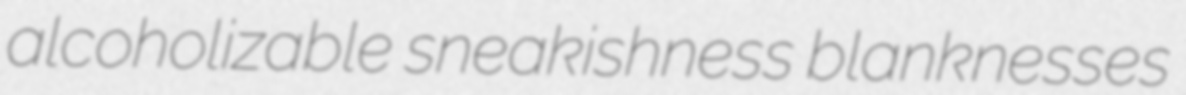
alcoholizable sneakishness blanknesses